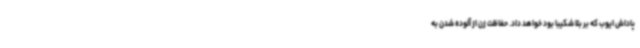
پاداش ایوب که بر بلا شکیبا بود خواهد داد. حفاظت زن از آلوده شدن به